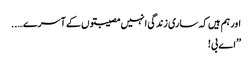
اور ہم ہیں کہ ساری زندگی انہیں مصیبتوں کے آسرے…..
’’اے بی!